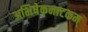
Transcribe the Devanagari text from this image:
अभिषेकनाटकम्